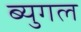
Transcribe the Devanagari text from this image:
ब्युगल